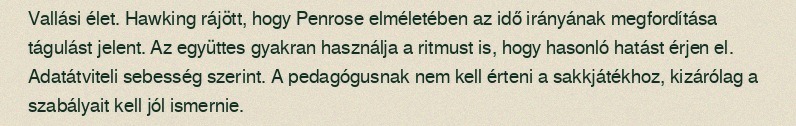
Vallási élet. Hawking rájött, hogy Penrose elméletében az idő irányának megfordítása tágulást jelent. Az együttes gyakran használja a ritmust is, hogy hasonló hatást érjen el. Adatátviteli sebesség szerint. A pedagógusnak nem kell érteni a sakkjátékhoz, kizárólag a szabályait kell jól ismernie.